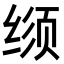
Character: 𬘳